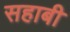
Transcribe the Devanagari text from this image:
सहाबी